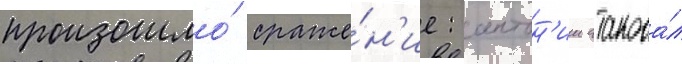
произошло́ сраже́н'ие: антон'ии атакова́л